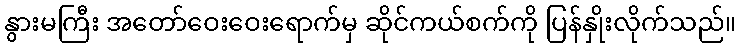
နွားမကြီး အတော်ဝေးဝေးရောက်မှ ဆိုင်ကယ်စက်ကို ပြန်နှိုးလိုက်သည်။